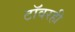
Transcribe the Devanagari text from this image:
टॉवरही